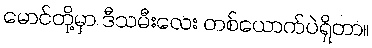
မောင်တို့မှာ ဒီသမီးလေး တစ်ယောက်ပဲရှိတာ။